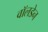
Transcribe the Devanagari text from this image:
वॉलडेन